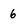
Character: 6